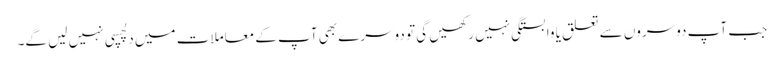
جب آپ دوسروں سے تعلق یا وابستگی نہیں رکھیں گی تو دوسرے بھی آپ کے معاملات میں دِلچسپی نہیں لیں گے۔